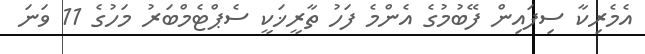
އެމެރިކާ ސިފައިން ފޭބުމުގެ އެންމެ ފަހު ތާރީޚަކީ ސެޕްޓެމްބަރު މަހުގެ 11 ވަނަ